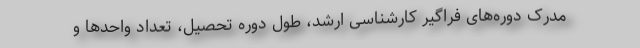
مدرک دوره‌های فراگیر کارشناسی ارشد، طول دوره تحصیل، تعداد واحدها و